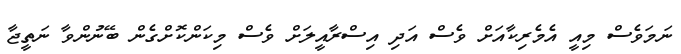
ނަމަވެސް މިއީ އެމެރިކާއަށް ވެސް އަދި އިސްރާއީލަށް ވެސް މިކަންކޮށްގެން ބޭނުންވާ ނަތީޖާ